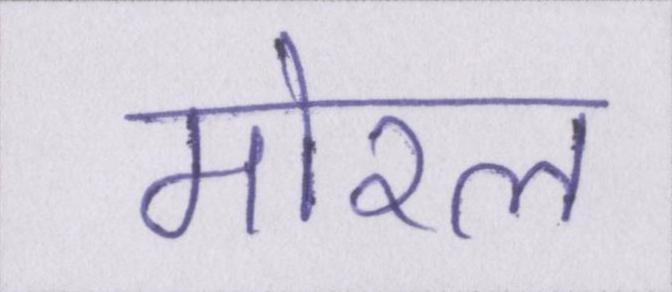
मोरल